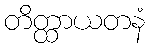
တိတ္ထာယတနံ